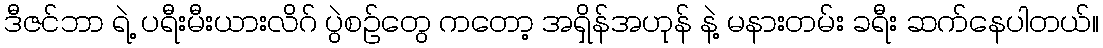
ဒီဇင်ဘာ ရဲ့ ပရီးမီးယားလိဂ် ပွဲစဉ်တွေ ကတော့ အရှိန်အဟုန် နဲ့ မနားတမ်း ခရီး ဆက်နေပါတယ်။